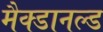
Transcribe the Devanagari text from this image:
मैक्डानल्ड